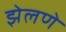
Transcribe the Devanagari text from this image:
झेलणे